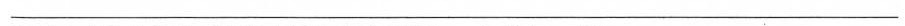
___